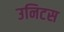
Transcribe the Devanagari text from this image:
उनिटस